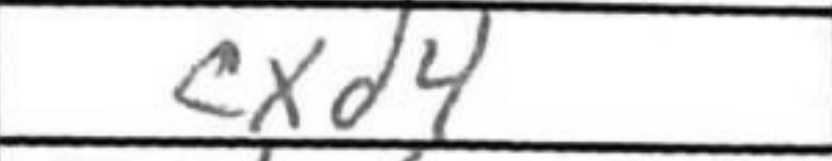
Transcription: cxd4